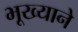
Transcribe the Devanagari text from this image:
भूख्याने